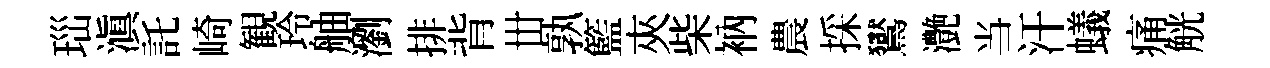
𤤼滇託崎観玲舳瀏排背丗孰籃夾柴衲農採鸑灔当汗蟻痛觥